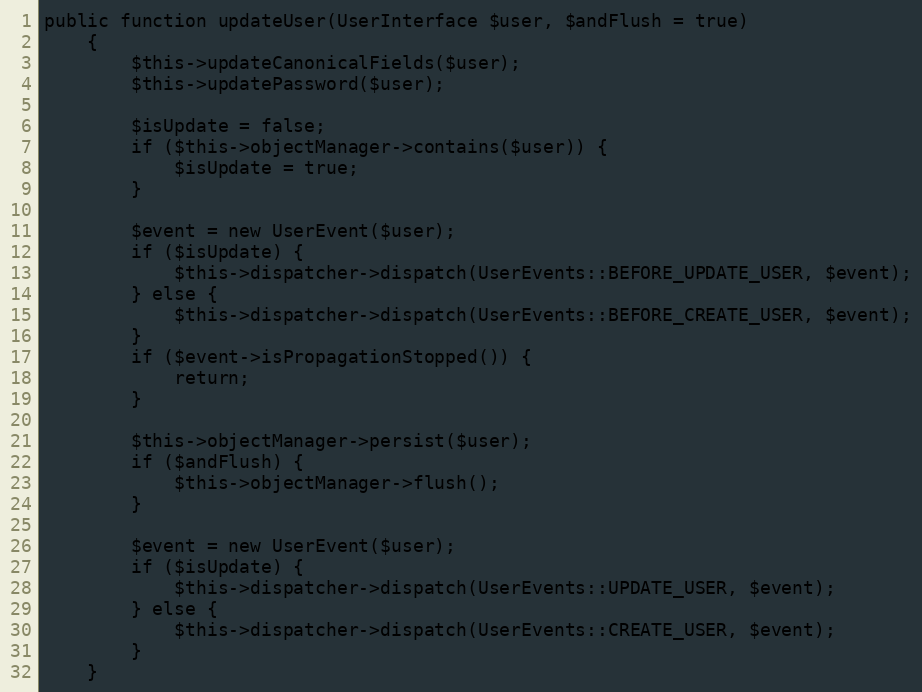
Language: PHP
public function updateUser(UserInterface $user, $andFlush = true)
    {
        $this->updateCanonicalFields($user);
        $this->updatePassword($user);

        $isUpdate = false;
        if ($this->objectManager->contains($user)) {
            $isUpdate = true;
        }

        $event = new UserEvent($user);
        if ($isUpdate) {
            $this->dispatcher->dispatch(UserEvents::BEFORE_UPDATE_USER, $event);
        } else {
            $this->dispatcher->dispatch(UserEvents::BEFORE_CREATE_USER, $event);
        }
        if ($event->isPropagationStopped()) {
            return;
        }

        $this->objectManager->persist($user);
        if ($andFlush) {
            $this->objectManager->flush();
        }

        $event = new UserEvent($user);
        if ($isUpdate) {
            $this->dispatcher->dispatch(UserEvents::UPDATE_USER, $event);
        } else {
            $this->dispatcher->dispatch(UserEvents::CREATE_USER, $event);
        }
    }